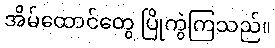
အိမ်ထောင်တွေ ပြိုကွဲကြသည်။